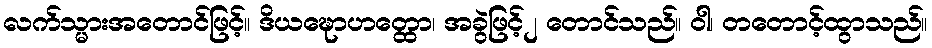
လက်သ္မားအတောင်ဖြင့်။ ဒိယဍ္ဎောဟတ္ထော၊ အခွဲဖြင့်၂ တောင်သည်။ ဝါ၊ တတောင့်ထွာသည်။